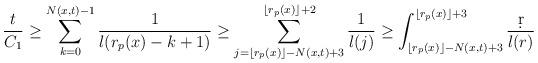
LaTeX: \begin{align*}\frac{t}{C_1}\geq \sum_{k=0}^{N(x,t)-1}\frac{1}{l(r_p(x)-k+1)}\geq \sum_{j=\lfloor r_p(x)\rfloor-N(x,t)+3}^{\lfloor r_p(x)\rfloor +2}\frac{1}{l(j)}\geq \int_{\lfloor r_p(x)\rfloor -N(x,t)+3}^{\lfloor r_p(x)\rfloor +3}\frac{\d r}{l(r)}\end{align*}